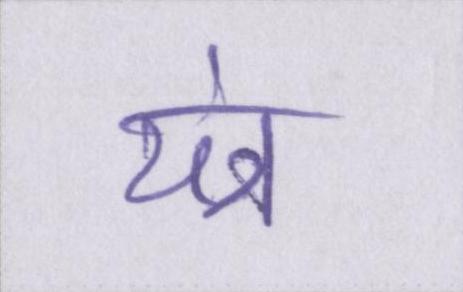
यंत्र